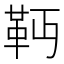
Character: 𩉣